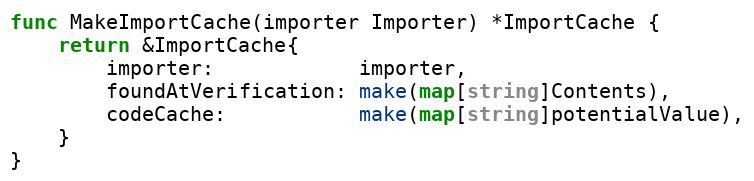
Language: Go
func MakeImportCache(importer Importer) *ImportCache {
	return &ImportCache{
		importer:            importer,
		foundAtVerification: make(map[string]Contents),
		codeCache:           make(map[string]potentialValue),
	}
}